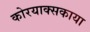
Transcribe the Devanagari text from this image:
कोरयाक्सकाया